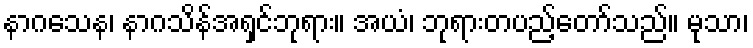
နာဂသေန၊ နာဂသိန်အရှင်ဘုရား။ အယံ၊ ဘုရားတပည့်တော်သည်။ မုသာ၊